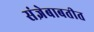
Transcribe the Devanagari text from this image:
संज्ञेबाबतीत